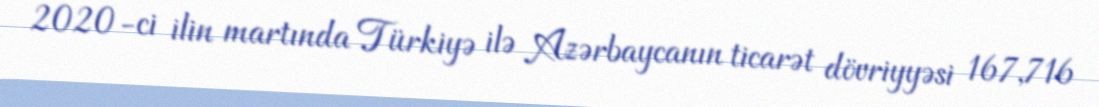
2020-ci ilin martında Türkiyə ilə Azərbaycanın ticarət dövriyyəsi 167,716